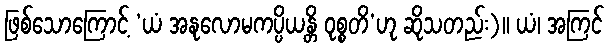
ဖြစ်သောကြောင့် ‘ယံ အနုလောမကပ္ပိယန္တိ ဝုစ္စတိ’ဟု ဆိုသတည်း)။ ယံ၊ အကြင်